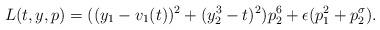
LaTeX: \begin{align*}L(t, y, p) = ( ( y_1 - v_1(t))^2 + ( y_2^3 - t)^2) p_2^6 + \epsilon ( p_1^2 + p_2^{\sigma}).\end{align*}